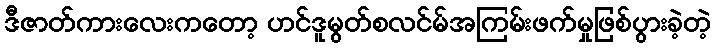
ဒီဇာတ်ကားလေးကတော့ ဟင်ဒူမွတ်စလင်မ်အကြမ်းဖက်မှုဖြစ်ပွားခဲ့တဲ့